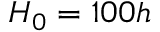
H _ { 0 } = 1 0 0 h